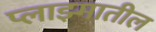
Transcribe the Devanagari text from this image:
प्लाझ्मातील